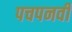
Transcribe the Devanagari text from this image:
पचपनवीं